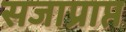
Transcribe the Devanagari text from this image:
सजाप्राप्त